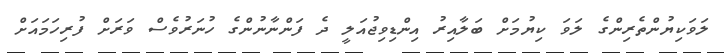
ލަވަކިޔުންތެރިންގެ ލަވަ ކިޔުމަށް ބަލާއިރު އިންޑިވިޖުއަލީ ދެ ފަންނާނުންގެ ހުނަރުވެސް ވަރަށް ފުރިހަމައަށް